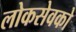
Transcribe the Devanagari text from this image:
लोकसेवको